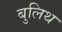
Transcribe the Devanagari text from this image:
बुलिथ